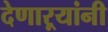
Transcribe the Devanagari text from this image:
देणाऱ्यांनी